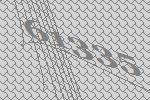
61335